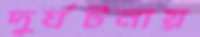
দুর্ঘটনায়